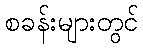
စခန်းများတွင်